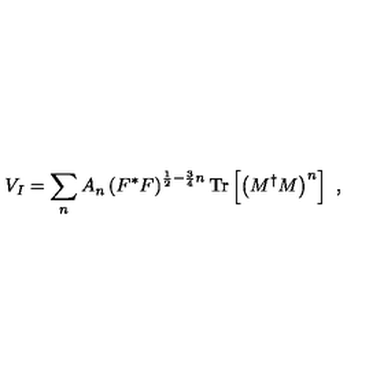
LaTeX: V _ { I } = \sum _ { n } A _ { n } \left( F ^ { * } F \right) ^ { \frac { 1 } { 2 } - \frac { 3 } { 4 } n } \mathrm { T r } \left[ \left( M ^ { \dagger } M \right) ^ { n } \right] \ ,